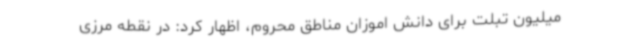
میلیون تبلت برای دانش اموزان مناطق محروم، اظهار کرد: در نقطه مرزی